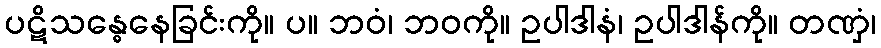
ပဋိသန္ဓေနေခြင်းကို။ ပ။ ဘဝံ၊ ဘဝကို။ ဥပါဒါနံ၊ ဥပါဒါန်ကို။ တဏှံ၊